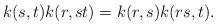
LaTeX: \begin{align*}k(s,t)k(r,st)=k(r,s)k(rs,t).\end{align*}